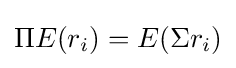
\Pi E(r_{i})=E(\Sigma r_{i})